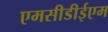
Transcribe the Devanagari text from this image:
एमसीडीईएम